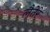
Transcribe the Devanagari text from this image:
लैतेरे